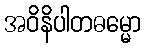
အဝိနိပါတဓမ္မော